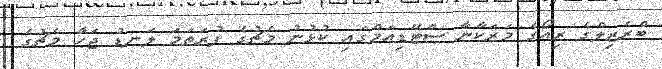
ބްރެޒިލްގެ ރިއޯގެ މަރަކާނާ ސްޓޭޑިއަމްގައި ކުޅުނު މެޗުގެ ފުރަތަމަ ލަނޑު ޖަހާ މެޗުގެ